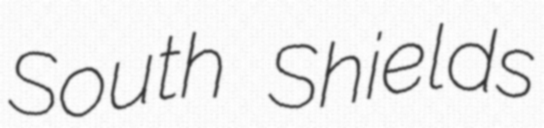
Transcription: South Shields